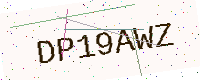
Text: DP19AWZ